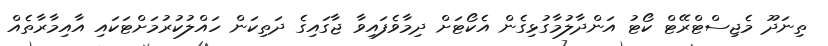
ތިނަދޫ މެޖިސްޓްރޭޓް ކޯޓު އަންދާލުމާގުޅިގެން އެކޯޓަށް ދިމާވެފައިވާ ޖާގައިގެ ދަތިކަން ހައްލުކުރުމަށްޓަކައި އާއިމާރާތެއް